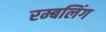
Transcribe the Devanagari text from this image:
रम्बलिंग